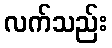
လက်သည်း